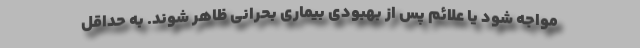
مواجه شود یا علائم پس از بهبودی بیماری بحرانی ظاهر شوند. به حداقل